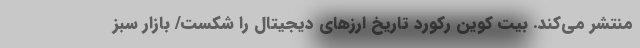
منتشر می‌کند. بیت کوین رکورد تاریخ ارزهای دیجیتال را شکست/ بازار سبز